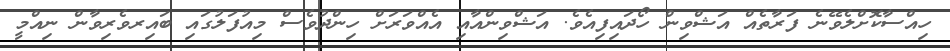
ހިއްސާކޮށްލެވޭނެ ފަރާތެއް އަޝްވިން ހޯދައިފިއެވެ. އަޝްވިންއާއި އެއްވަރަށް ހިންދުވެސް މިއުފަލުގައި ބައިރވެރިވާން ނިއްމީ